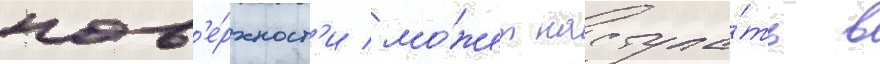
пов'е́рхност'и мо́жет наступа́ть в